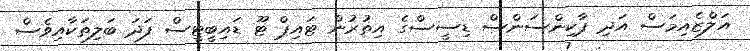
އަލްޒެއިމަސް އަދި ޕާކިންސަންސް ޑިސީސްގެ އިތުރުން ޓައިޕް ޓޫ ޑައިބީޓީސް ފަދަ ބަލިތަކާއިވެސް